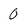
Character: 0